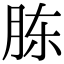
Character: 胨